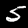
Label: 5